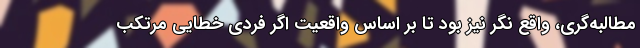
مطالبه‌گری، واقع‌ نگر نیز بود تا بر اساس واقعیت اگر فردی خطایی مرتکب